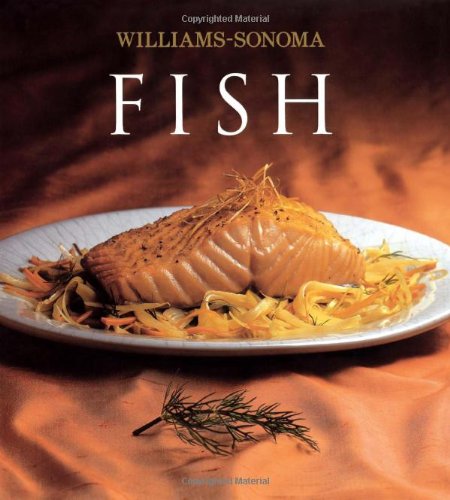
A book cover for Williams-Sonoma Collection: Fish; Shirley King; Cookbooks, Food & Wine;